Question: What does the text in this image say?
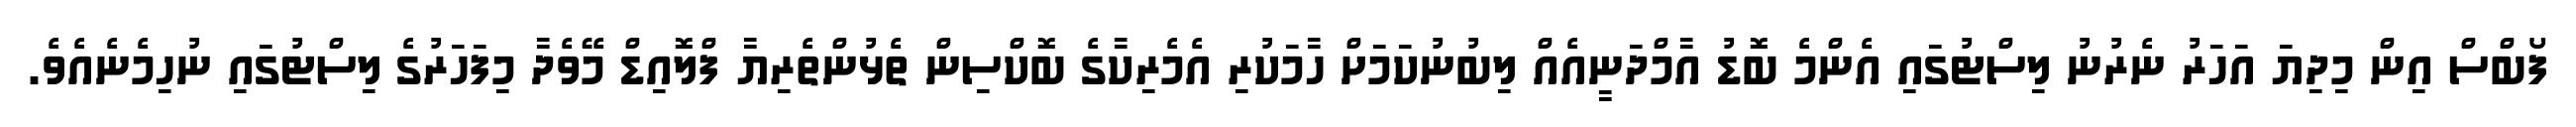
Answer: ފޯބްސް އިން މިދިޔަ އަހަރު ނެރުނު ލިސްޓުގައި އެންމެ ބޮޑު އާމްދަނީއެއް ލިބުނުކަމަށް ހާމަކުރި އެމެރިކާގެ ބޮކްސިން ތެޅުންތެރިޔާ ފްލޮއިޑް މޭވެދާ މިފަހަރުގެ ލިސްޓުގައި ނުހިމެނެއެވެ.